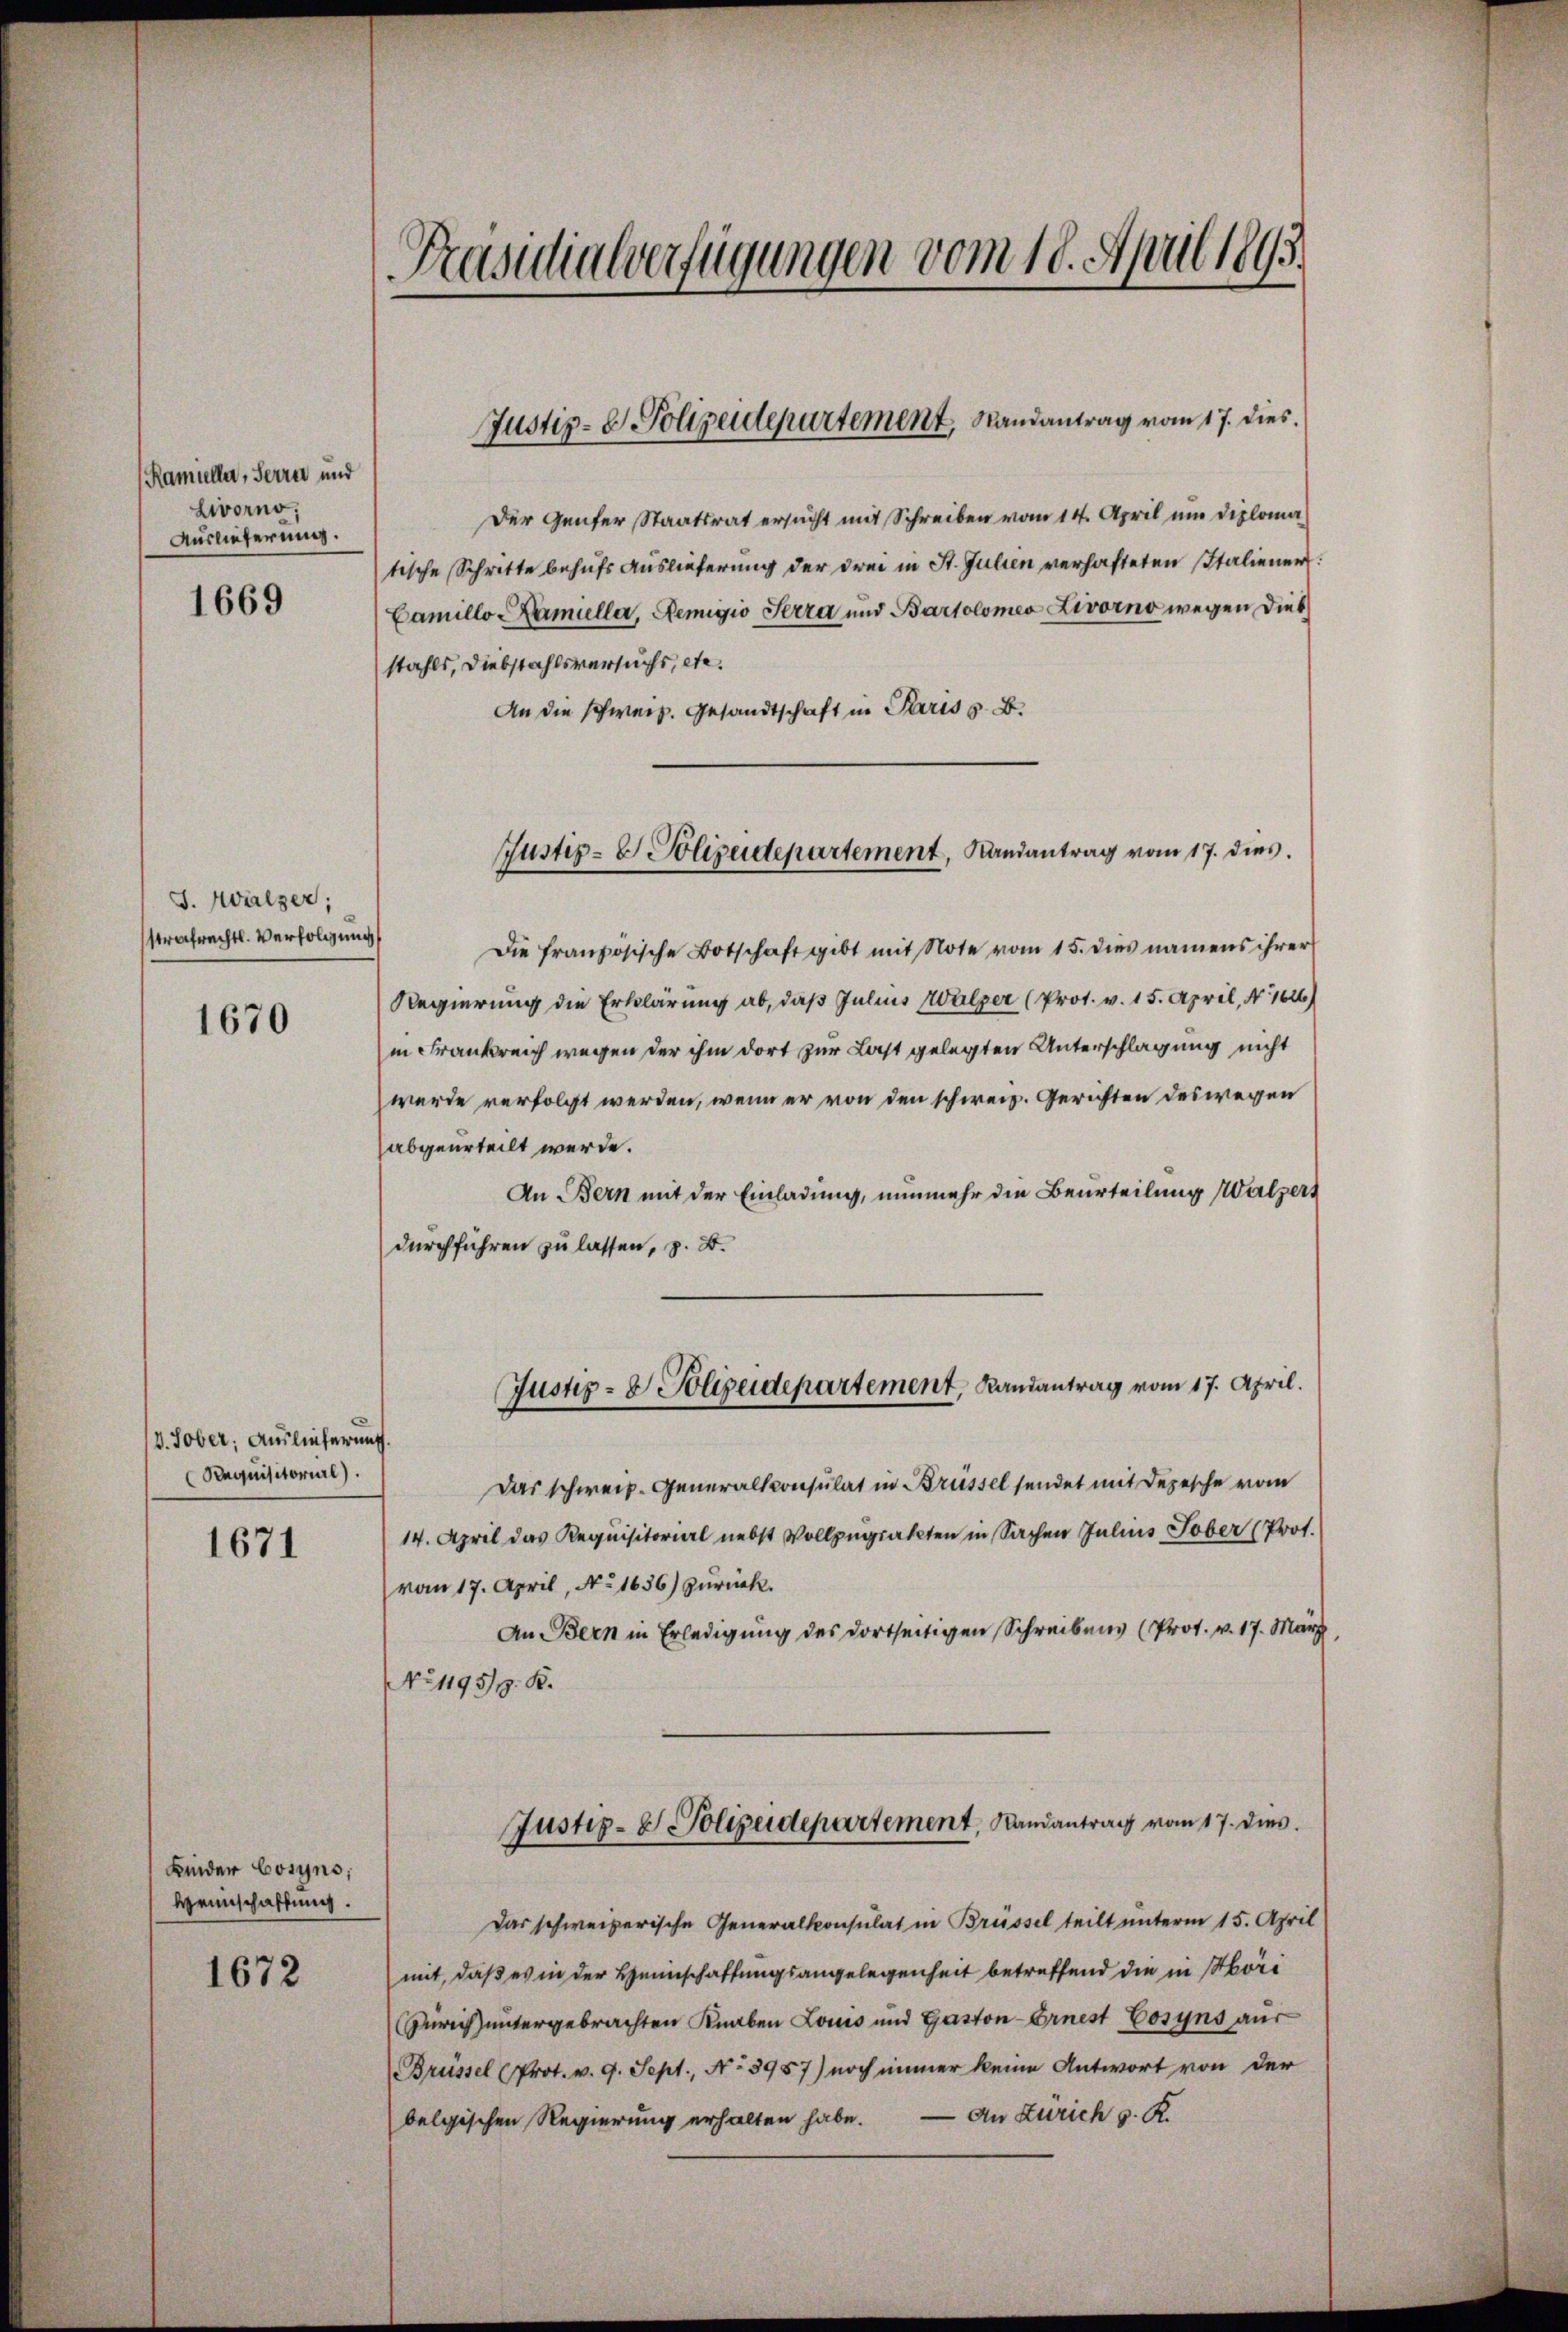
Ramüller, Serre und
Livorno,
Auslieferung.

1669

J. Walzer;
strafrechtl. Verfolgung

1670

d. Tober, Auslieferung.
Requisitorial).

1671

Kinder bosyns;
Heimschaffung.

1672

Prandialverfügungen vom 18. April 1893.

Der Genfer Staatsrat ersucht mit Schreiben vom 14. April um diploma
tische Schritte behufs Auslieferung der drei in St. Julien verhafteten Italiener
Eamillo amielle, Remigio Serra und Bartolomeo Livorno wegen dies
stahls, Diebstahlsversuchs, etc.
An die schweiz. Gesandtschrift in Paris s. B.
Die französische Botschaft gibt mit Note vom 15. dies namens ihrer
Regierung die Erklärung ab, daß Julius Walzer (Prot. v. 15. April, N. 1626)
in Frankreich wegen der ihm dort zur Last gelegten Unterschlagung nicht
wurde verfolgt werden, wenn er von den schweiz. Gerichten deswegen
abgeurteilt werde.
An Bern mit der Einladung, nunmehr die Beurteilung Walzer
durchführen zu lassen, z. B.
Justiz- & Polizeidepartement, Landantrag vom 17. April.
Das schweiz. Generalkonsulat in Brüssel sendet mit Depesche vom
14. April das Requisitorial nebst Vollzugrakten in Sachen Julius Tober (Prot.
vom 17. April, No 1636) zurück.
An Bern in Erledigung des dortseitigen Schreibens (Prot. v. 17. März
No 1195/9. K.
Justiz- & Polizeidepartement, Landantrag vom 17. dies
Das schweizerische Generalkonsulat in Brüssel teilt unterm 15. April
mit, daß es in der Heimschaffungsangelegenheit betreffend die in Mori
Zürich untergebrachten Knaben Louis und Gaston-Ernest Cosyns aus
Brüssel (Prot. v. 9. Sept., No 3957) noch immer keine Antwort von der
An Zürich v. K.
belgischen Regierung erhalten habe.

Justiz- & Polizeidepartement, Randantrag vom 17. dies

Justiz- & Polizeidepartement, Landantrag vom 17. dies